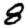
Digit: 8